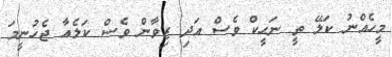
މީހެއްނު ކަލޭ ތީ ނަހީކް ވެސް އަދި ޒިވާން ވެސް ކަލެއާ ޖެހުނީމަ